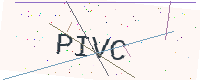
Text: PIVC